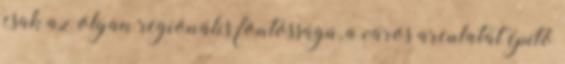
csak az olyan regionális fontosságú, a város arculatát építő